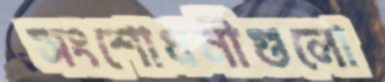
সংশোধনীগুলো